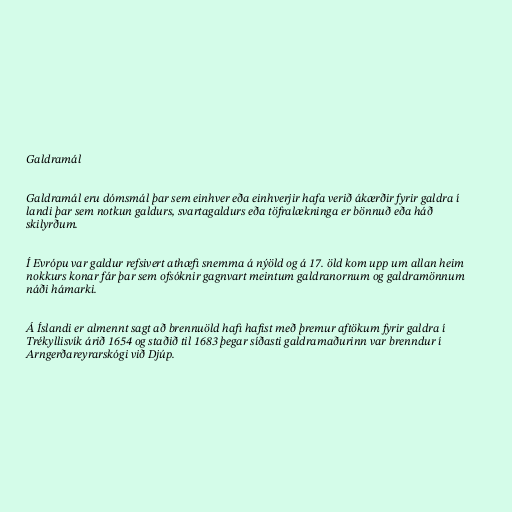
Galdramál

Galdramál eru dómsmál þar sem einhver eða einhverjir hafa verið ákærðir fyrir galdra í
landi þar sem notkun galdurs, svartagaldurs eða töfralækninga er bönnuð eða háð
skilyrðum.

Í Evrópu var galdur refsivert athæfi snemma á nýöld og á 17. öld kom upp um allan heim
nokkurs konar fár þar sem ofsóknir gagnvart meintum galdranornum og galdramönnum
náði hámarki.

Á Íslandi er almennt sagt að brennuöld hafi hafist með þremur aftökum fyrir galdra í
Trékyllisvík árið 1654 og staðið til 1683 þegar síðasti galdramaðurinn var brenndur í
Arngerðareyrarskógi við Djúp.